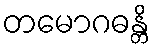
တမောဂဓန္တိ